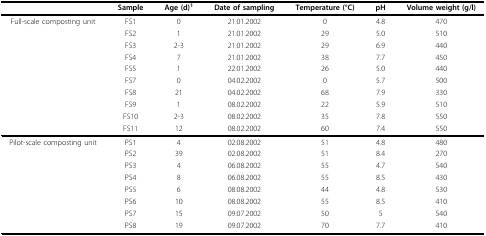
|  | Sample | Age (d)1 | Date of sampling | Temperature (°C) | pH | Volume weight (g/l) |
 | --- | --- | --- | --- | --- | --- | --- |
 | Full-scale composting unit | FS1 | 0 | 21.01.2002 | 0 | 4.8 | 470 |
 |  | FS2 | 1 | 21.01.2002 | 29 | 5.0 | 510 |
 |  | FS3 | 2-3 | 21.01.2002 | 29 | 6.9 | 440 |
 |  | FS4 | 7 | 21.01.2002 | 38 | 7.7 | 450 |
 |  | FS5 | 1 | 22.01.2002 | 26 | 5.0 | 440 |
 |  | FS7 | 0 | 04.02.2002 | 0 | 5.7 | 500 |
 |  | FS8 | 21 | 04.02.2002 | 68 | 7.9 | 330 |
 |  | FS9 | 1 | 08.02.2002 | 22 | 5.9 | 510 |
 |  | FS10 | 2-3 | 08.02.2002 | 35 | 7.8 | 550 |
 |  | FS11 | 12 | 08.02.2002 | 60 | 7.4 | 550 |
 | Pilot-scale composting unit | PS1 | 4 | 02.08.2002 | 51 | 4.8 | 480 |
 |  | PS2 | 39 | 02.08.2002 | 51 | 8.4 | 270 |
 |  | PS3 | 4 | 06.08.2002 | 55 | 4.7 | 540 |
 |  | PS4 | 8 | 06.08.2002 | 55 | 8.5 | 430 |
 |  | PS5 | 6 | 08.08.2002 | 44 | 4.8 | 530 |
 |  | PS6 | 10 | 08.08.2002 | 55 | 8.5 | 410 |
 |  | PS7 | 15 | 09.07.2002 | 50 | 5 | 540 |
 |  | PS8 | 19 | 09.07.2002 | 70 | 7.7 | 410 |